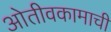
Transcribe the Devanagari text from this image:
ओतीवकामाची